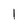
Character: l